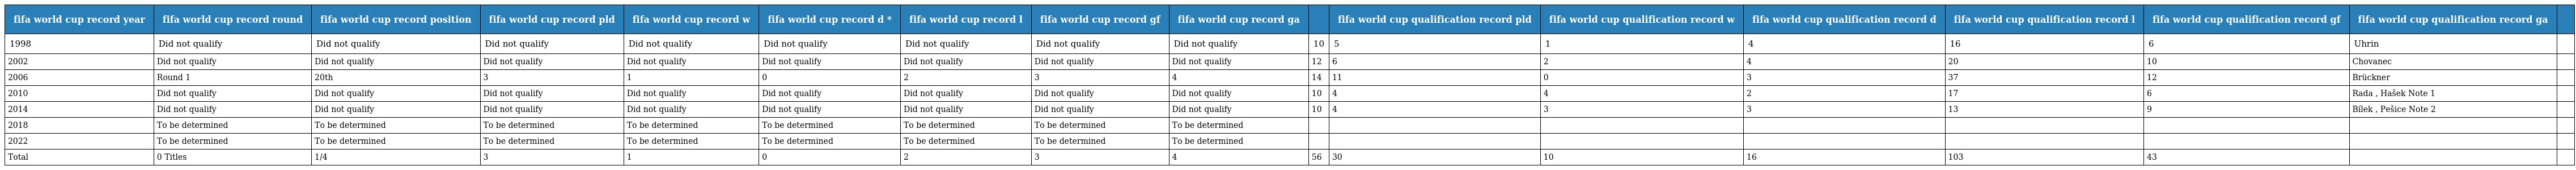
| fifa world cup record year | fifa world cup record round | fifa world cup record position | fifa world cup record pld | fifa world cup record w | fifa world cup record d * | fifa world cup record l | fifa world cup record gf | fifa world cup record ga |  | fifa world cup qualification record pld | fifa world cup qualification record w | fifa world cup qualification record d | fifa world cup qualification record l | fifa world cup qualification record gf | fifa world cup qualification record ga |  |
 | --- | --- | --- | --- | --- | --- | --- | --- | --- | --- | --- | --- | --- | --- | --- | --- | --- |
 | 1998 | Did not qualify | Did not qualify | Did not qualify | Did not qualify | Did not qualify | Did not qualify | Did not qualify | Did not qualify | 10 | 5 | 1 | 4 | 16 | 6 | Uhrin |  |
 | 2002 | Did not qualify | Did not qualify | Did not qualify | Did not qualify | Did not qualify | Did not qualify | Did not qualify | Did not qualify | 12 | 6 | 2 | 4 | 20 | 10 | Chovanec |  |
 | 2006 | Round 1 | 20th | 3 | 1 | 0 | 2 | 3 | 4 | 14 | 11 | 0 | 3 | 37 | 12 | Brückner |  |
 | 2010 | Did not qualify | Did not qualify | Did not qualify | Did not qualify | Did not qualify | Did not qualify | Did not qualify | Did not qualify | 10 | 4 | 4 | 2 | 17 | 6 | Rada , Hašek Note 1 |  |
 | 2014 | Did not qualify | Did not qualify | Did not qualify | Did not qualify | Did not qualify | Did not qualify | Did not qualify | Did not qualify | 10 | 4 | 3 | 3 | 13 | 9 | Bílek , Pešice Note 2 |  |
 | 2018 | To be determined | To be determined | To be determined | To be determined | To be determined | To be determined | To be determined | To be determined |  |  |  |  |  |  |  |  |
 | 2022 | To be determined | To be determined | To be determined | To be determined | To be determined | To be determined | To be determined | To be determined |  |  |  |  |  |  |  |  |
 | Total | 0 Titles | 1/4 | 3 | 1 | 0 | 2 | 3 | 4 | 56 | 30 | 10 | 16 | 103 | 43 |  |  |